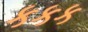
કકક